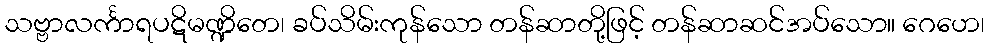
သဗ္ဗာလင်္ကာရပဋိမဏ္ဍိတေ၊ ခပ်သိမ်းကုန်သော တန်ဆာတို့ဖြင့် တန်ဆာဆင်အပ်သော။ ဂေဟေ၊